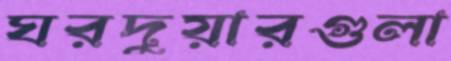
ঘরদুয়ারগুলা